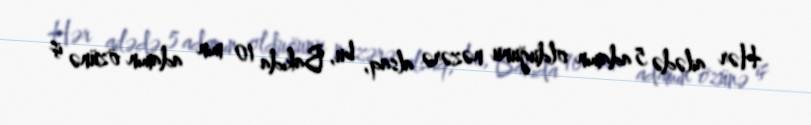
Hər ailədə 5 adamın olduğunu nəzərə alsaq, bu, Bakıda 10 min adamın özünə iş